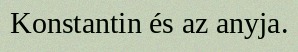
Konstantin és az anyja.